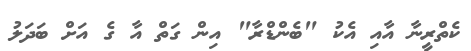
ކެތްރީނާ އާއި އެކު "ބެންޑްރާ" އިން ގަތް އާ ގެ އަށް ބަދަލު